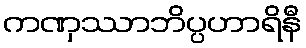
ကဏှဿာဘိပ္ပဟာရိနီ